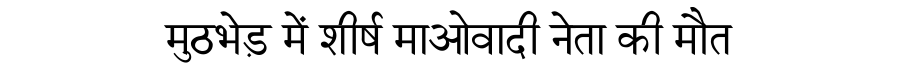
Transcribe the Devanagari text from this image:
मुठभेड़ में शीर्ष माओवादी नेता की मौत